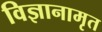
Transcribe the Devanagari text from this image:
विज्ञानामृत